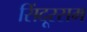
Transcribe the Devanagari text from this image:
सिंदूरसम